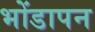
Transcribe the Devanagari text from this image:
भोंडापन